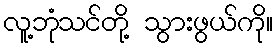
လူ့ဘုံသင်တို့ သွားဖွယ်ကို။